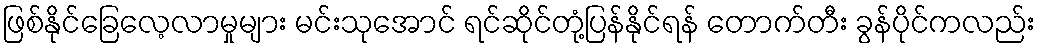
ဖြစ်နိုင်ခြေလေ့လာမှုများ မင်းသုအောင် ရင်ဆိုင်တုံ့ပြန်နိုင်ရန် တောက်တီး ခွန်ပိုင်ကလည်း